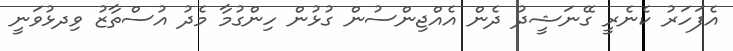
އެފަހަރު ކެނެރީ ގޭނަޝީދު ދެން އެއްޖިންސުން ގުޅުން ހިންގުމާ މެދު އުސްތާޒު ވިދޅުވަނީ